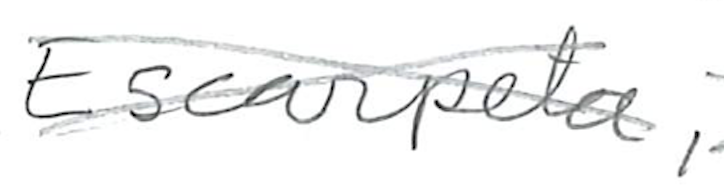
Text: Escarpeta,
Cross-out: cross
Writing tool: pencil